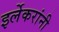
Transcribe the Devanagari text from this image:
इर्लेकरांनी